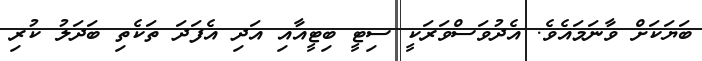
ބަޔަކަށް ވާނަމައެވެ. އެދުވަސްވަރަކީ ސިޓީ ބިޓީއާއި އަދި އެފަދަ ތަކެތި ބަދަލު ކުރި